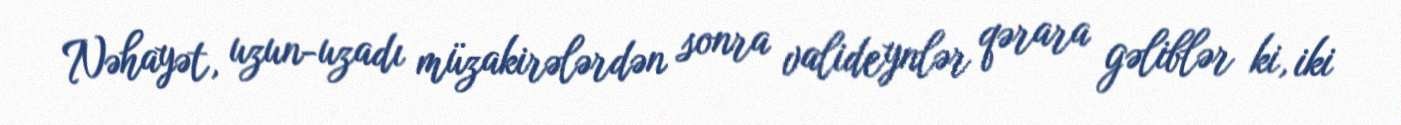
Nəhayət, uzun-uzadı müzakirələrdən sonra valideynlər qərara gəliblər ki, iki